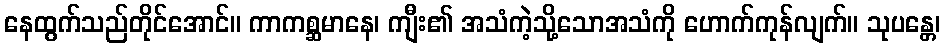
နေထွက်သည်တိုင်အောင်။ ကာကစ္ဆမာနေ၊ ကျီး၏ အသံကဲ့သို့သောအသံကို ဟောက်ကုန်လျက်။ သုပန္တေ၊